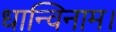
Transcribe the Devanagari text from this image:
धान्विनाम।